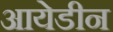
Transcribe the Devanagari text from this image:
आयेडीन